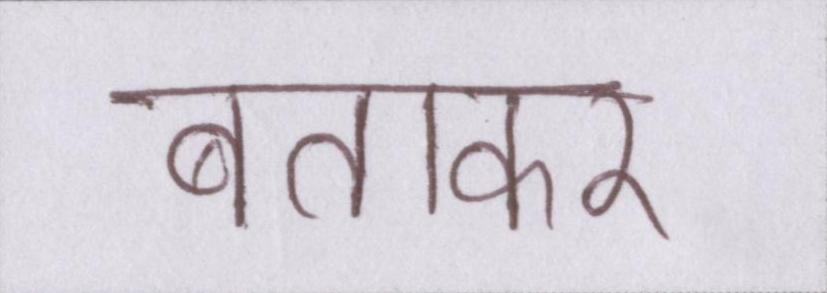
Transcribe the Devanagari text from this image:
बताकर